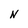
Character: N